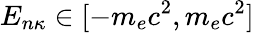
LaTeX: E_{n\kappa}\in[-m_{e}c^{2},m_{e}c^{2}]